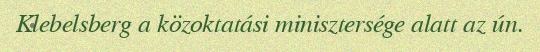
Klebelsberg a közoktatási minisztersége alatt az ún.